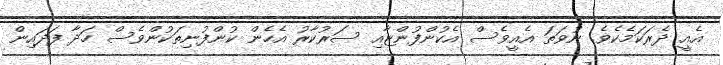
އެއީ ދެރަކަމެކެވެ. ނުވަތަ އެއީވެސް އެކުންފުންޏާއި ސަރުކާރު އެހެން ކުންފުނިތަކުންވެސް ހަދާ ފަދައިން